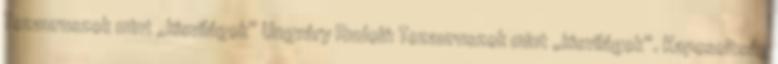
Tezauruszok mint „kisvilágok” Ungváry Rudolf: Tezauruszok mint „kisvilágok”. Kapcsoltság